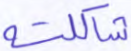
شاكلته